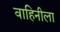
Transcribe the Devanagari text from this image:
वाहिनीला